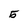
Character: 5